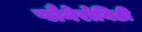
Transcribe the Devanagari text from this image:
प्लैनेरोबिडी